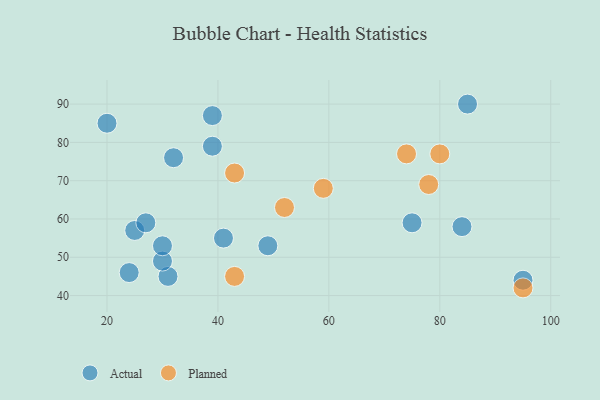
{"axis": {"x": "GDP", "y": "Life Expectancy"}, "legend": ["Actual", "Planned"], "data": [{"x": "95", "y": 44, "type": "Actual"}, {"x": "31", "y": 45, "type": "Actual"}, {"x": "39", "y": 87, "type": "Actual"}, {"x": "30", "y": 49, "type": "Actual"}, {"x": "85", "y": 90, "type": "Actual"}, {"x": "24", "y": 46, "type": "Actual"}, {"x": "25", "y": 57, "type": "Actual"}, {"x": "84", "y": 58, "type": "Actual"}, {"x": "27", "y": 59, "type": "Actual"}, {"x": "32", "y": 76, "type": "Actual"}, {"x": "20", "y": 85, "type": "Actual"}, {"x": "41", "y": 55, "type": "Actual"}, {"x": "49", "y": 53, "type": "Actual"}, {"x": "75", "y": 59, "type": "Actual"}, {"x": "30", "y": 53, "type": "Actual"}, {"x": "39", "y": 79, "type": "Actual"}, {"x": "59", "y": 68, "type": "Planned"}, {"x": "43", "y": 72, "type": "Planned"}, {"x": "78", "y": 69, "type": "Planned"}, {"x": "43", "y": 45, "type": "Planned"}, {"x": "95", "y": 42, "type": "Planned"}, {"x": "52", "y": 63, "type": "Planned"}, {"x": "80", "y": 77, "type": "Planned"}, {"x": "74", "y": 77, "type": "Planned"}]}